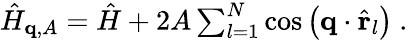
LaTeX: \begin{array}{r}{\hat{H}_{\mathbf{q},A}=\hat{H}+2A\sum_{l=1}^{N}\textnormal{cos}\left(\mathbf{q}\cdot\hat{\mathbf{r}}_{l}\right)\ .}\end{array}